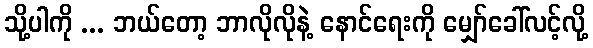
သို့ပါကို ... ဘယ်တော့ ဘာလိုလိုနဲ့ နောင်ရေးကို မျှော်ခေါ်လင့်လို့